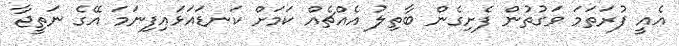
އެއީ ފުރަތަމަ ވަގުތުން ފެށިގެން ބާތިލު އެއްޗެއް ކަމަށް ކަނޑައަޅައިފިނަމަ އޭގެ ނަތީޖާ